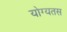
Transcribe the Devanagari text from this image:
योग्यतस